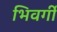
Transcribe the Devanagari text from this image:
भिवर्गी